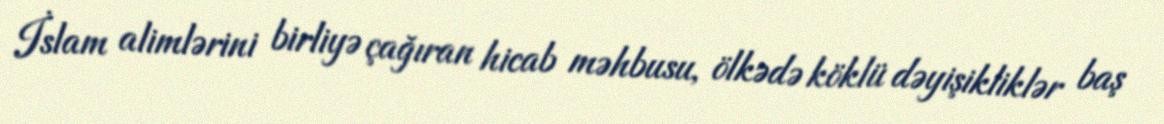
İslam alimlərini birliyə çağıran hicab məhbusu, ölkədə köklü dəyişikliklər baş